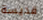
قديسة